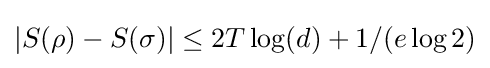
|S(\rho )-S(\sigma )|\leq 2T\log(d)+1/(e\log 2)